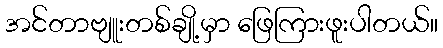
အင်တာဗျူးတစ်ချို့မှာ ဖြေကြားဖူးပါတယ်။